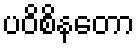
ပဝိစိနတော